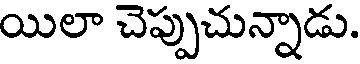
యిలా చెప్పుచున్నాడు.